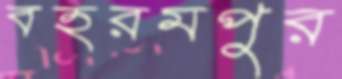
বহরমপুর